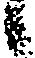
々